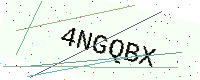
Text: 4NGQBX